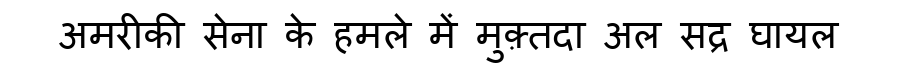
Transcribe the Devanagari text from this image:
अमरीकी सेना के हमले में मुक़्तदा अल सद्र घायल